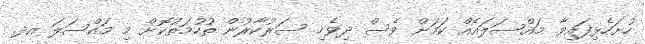
ހުށަހެޅިފައިވާ މައްސަލައެއް ކަމަށް ވެސް ދިވެހި ސަރުކާރުން ތުހުމަތުކޮށް މި މައްސަލަ އދ.